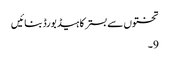
تختوں سے بستر کا ہیڈ بورڈ بنائیں
9۔